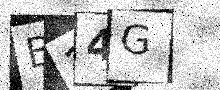
Text: B24G